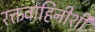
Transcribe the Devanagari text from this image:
रक्तवाहिनीशी